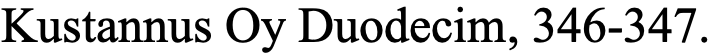
Kustannus Oy Duodecim, 346-347.